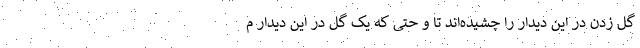
گل زدن در این دیدار را چشیده‌اند تا و حتی که یک گل در این دیدار م